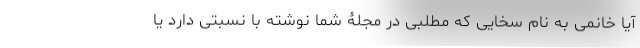
آیا خانمی به نام سخایی که مطلبی در مجلۀ شما نوشته با نسبتی دارد یا